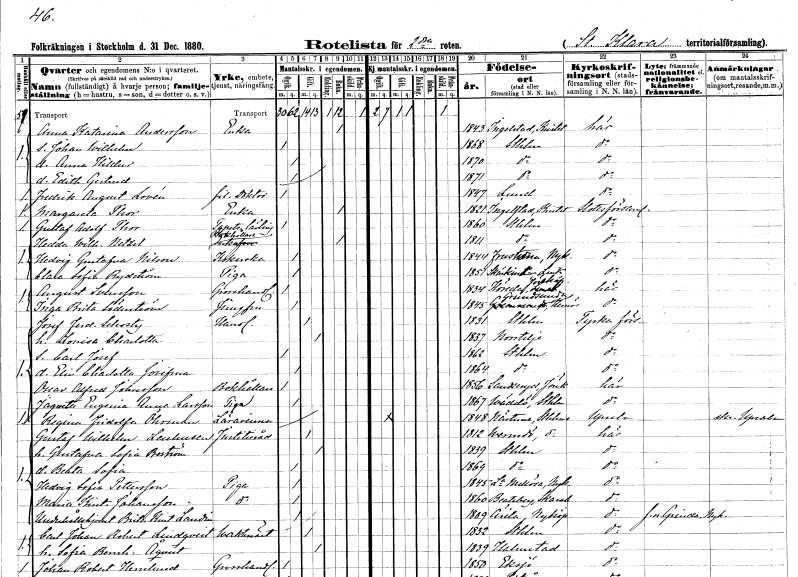
gt_parse: households: individuals: FN: Anna Katarina
EN: Andersson
YRKE: Änka
KON: K
CIV: E
FODAR: 1843
FODFORS: Ingelstad Kristianstads län
FN: Johan Wilhelm
KON: M
CIV: O
FODAR: 1868
FODFORS: Stockholm
FN: Anna Hildur
KON: K
CIV: O
FODAR: 1870
FODFORS: Stockholm
FN: Edith Gertrud
KON: K
CIV: O
FODAR: 1871
FODFORS: Stockholm
FN: Fredrik August
EN: Lovén
YRKE: Fil. doktor
KON: M
CIV: O
FODAR: 1847
FODFORS: Lund Malmöhus län
FN: Margareta
EN: Thor
YRKE: Änka
KON: K
CIV: E
FODAR: 1821
FODFORS: Ingelstad Kristianstads län
FN: Gustaf Adolf
EN: Thor
YRKE: Tapetserarelärling
KON: M
CIV: O
FODAR: 1860
FODFORS: Stockholm
FN: Hedda Wilhelmina
EN: Netzel
YRKE: Bokhållareänka
KON: K
CIV: E
FODAR: 1811
FODFORS: Stockholm
FN: Hedvig Gustafva
EN: Nilson
YRKE: Kokerska
KON: K
CIV: O
FODAR: 1844
FODFORS: Frustuna Södermanlands län
FN: Clara Sofia
EN: Rydström
YRKE: Piga
KON: K
CIV: O
FODAR: 1851
FODFORS: Skärkind Östergötlands län
FN: August
EN: Svensson
YRKE: Grosshandlare
KON: M
CIV: O
FODAR: 1834
FODFORS: Höreda Jönköpings län
FN: Inga Brita
EN: Söderström
YRKE: Jungfru
KON: K
CIV: O
FODAR: 1845
FODFORS: Grundsunda Västernorrlands län
FN: Josef Ferdinand
EN: Schosty
YRKE: Handlande
KON: M
CIV: G
FODAR: 1831
FODFORS: Stockholm
FN: Lovisa Charlotta
KON: K
CIV: G
FODAR: 1837
FODFORS: Norrtälje Stockholms län
FN: Carl Josef
KON: M
CIV: O
FODAR: 1862
FODFORS: Stockholm
FN: Elin Charlotta Josefina
KON: K
CIV: O
FODAR: 1864
FODFORS: Stockholm
FN: Oscar Alfred
EN: Johnsson
YRKE: Bokhållare
KON: M
CIV: O
FODAR: 1856
FODFORS: Sandseryd Jönköpings län
FN: Jaquette Eugenia Anna
EN: Larsson
YRKE: Piga
KON: K
CIV: O
FODAR: 1867
FODFORS: Väddö Stockholms län
FN: Regina Fridolfa
EN: Öhrman
YRKE: Lärarinna
KON: K
CIV: O
FODAR: 1848
FODFORS: Närtuna Stockholms län
FN: Gustaf Wilhelm
EN: Lenhusen
YRKE: Justitieråd
KON: M
CIV: G
FODAR: 1812
FODFORS: Värmdö Stockholms län
FN: Gustafva Sofia
EN: Boström
KON: K
CIV: G
FODAR: 1839
FODFORS: Stockholm
FN: Beata Sofia
KON: K
CIV: O
FODAR: 1869
FODFORS: Stockholm
FN: Hedvig Sofia
EN: Pettersson
YRKE: Piga
KON: K
CIV: O
FODAR: 1845
FODFORS: Lilla Mellösa Södermanlands län
FN: Maria Kristina
EN: Johansson
YRKE: Piga
KON: K
CIV: O
FODAR: 1860
FODFORS: Beateberg Skaraborgs län
FN: Brita Kristina
EN: Landin
YRKE: Underhållshjon
KON: K
CIV: O
FODAR: 1809
FODFORS: Ärla Södermanlands län
FN: Carl Johan Robert
EN: Lindqvist
YRKE: Vaktmästare
KON: M
CIV: G
FODAR: 1832
FODFORS: Stockholm
FN: Sofia Bernhardina
EN: Åqvist
KON: K
CIV: G
FODAR: 1839
FODFORS: Halmstad Hallands län
FN: Johan Robert
EN: Hernlund
YRKE: Grosshandlare
KON: M
CIV: O
FODAR: 1850
FODFORS: Eksjö Jönköpings län